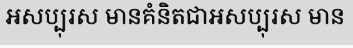
អសប្បុរស មានគំនិតជាអសប្បុរស មាន